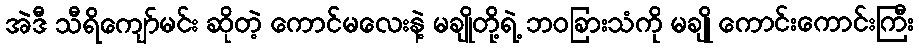
အဲဒီ သီရိကျော်မင်း ဆိုတဲ့ ကောင်မလေးနဲ့ မချိုတို့ရဲ့ ဘဝခြားသံကို မချို ကောင်းကောင်းကြီး